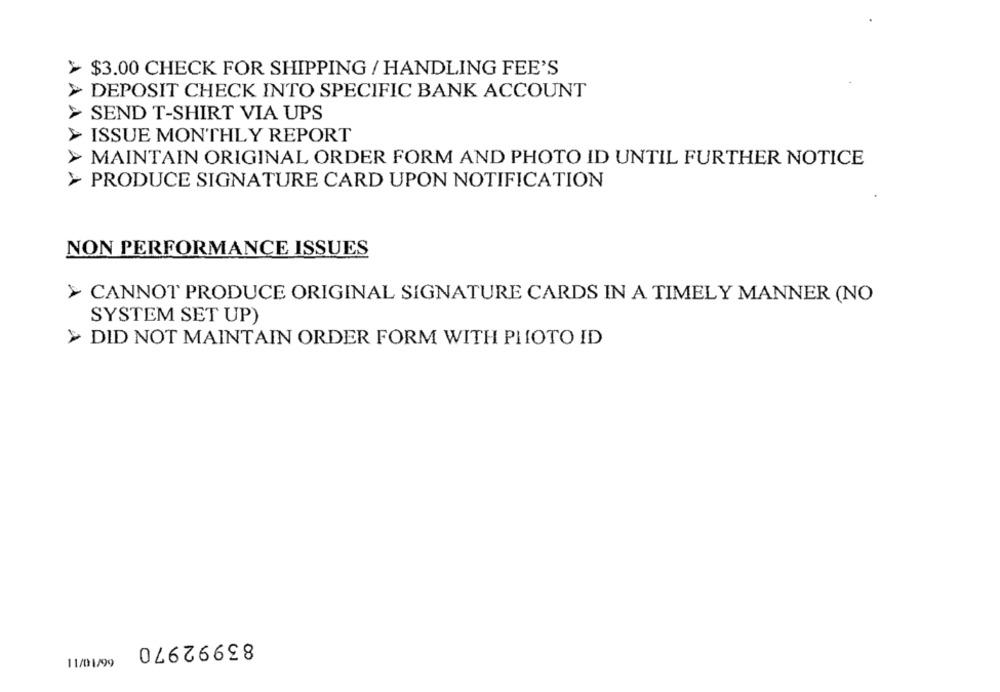
$3.00 CHECK FOR SHIPPING / HANDLING FEE'S
> DEPOSIT CHECK INTO SPECIFIC BANK ACCOUNT
> SEND T-SHIRT VIA UPS
> ISSUE MONTHLY REPORT
> MAINTAIN ORIGINAL ORDER FORM AND PHOTO ID UNTIL FURTHER NOTICE
> PRODUCE SIGNATURE CARD UPON NOTIFICATION
NON PERFORMANCE ISSUES
> CANNOT PRODUCE ORIGINAL SIGNATURE CARDS IN A TIMELY MANNER (NO
SYSTEM SET UP)
> DID NOT MAINTAIN ORDER FORM WITH PHOTO ID
83992970
11/01/99